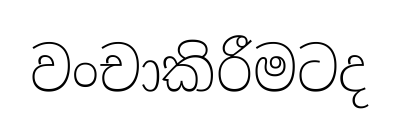
වංචාකිරීමටද